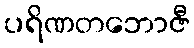
ပရိဏတဘောဇီ